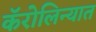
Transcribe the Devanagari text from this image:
कॅरोलिन्यात